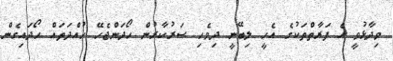
ވިދާޅުވީ އެ ފަރާތްތަކުގެ އެހީ ލިބޭނީ ދިވެހި ސަރުކާރުން ހޯދަންޖެހޭ ހުއްދަތައް ހޯދައިގެން